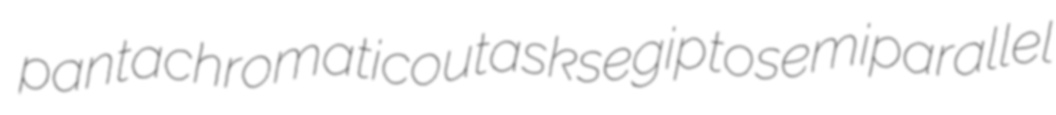
pantachromatic outasks egipto semiparallel